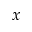
x